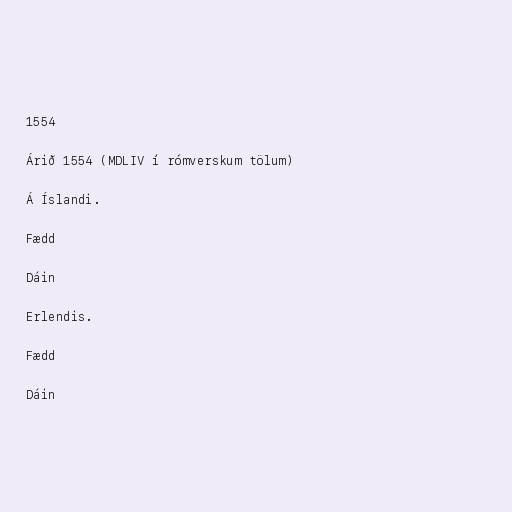
1554

Árið 1554 (MDLIV í rómverskum tölum)

Á Íslandi.

Fædd

Dáin

Erlendis.

Fædd

Dáin